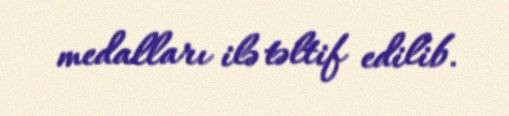
medalları ilə təltif edilib.